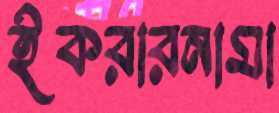
ইকরারনামা